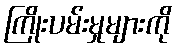
ကြိုးပမ်းမှုများကို